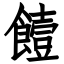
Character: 饐